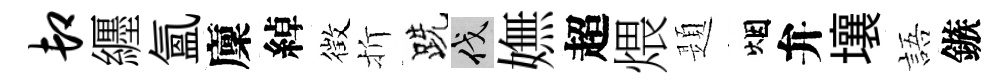
卸纒氳廩綽徴折跣伐嫵超煨題烟弁壤語鏃